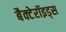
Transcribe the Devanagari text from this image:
बैक्टेरॉइड्स